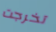
تخرجت